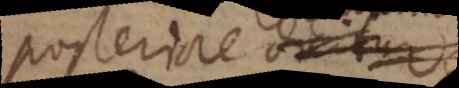
posteriore dicitur.